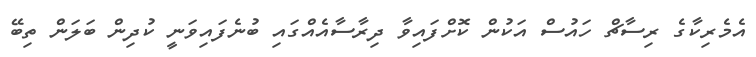
އެމެރިކާގެ ރިސާޗް ހައުސް އަކުން ކޮށްފައިވާ ދިރާސާއެއްގައި ބުނެފައިވަނީ ކުދިން ބަލަން ތިބޭ